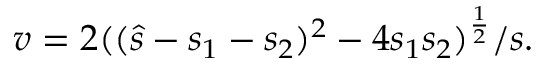
v = 2 ( ( \hat { s } - s _ { 1 } - s _ { 2 } ) ^ { 2 } - 4 s _ { 1 } s _ { 2 } ) ^ { \frac { 1 } { 2 } } / s .